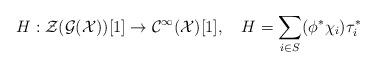
LaTeX: \begin{align*} H: {\mathcal Z}({{\mathcal G}}({\mathcal X}))[1] \to {\mathcal C}^\infty({\mathcal X})[1] , \ \ \ H=\sum_{i \in S} (\phi^*\chi_i) \tau_i^* \end{align*}